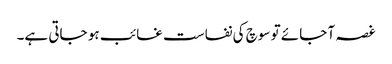
غصہ آ جائے تو سوچ کی نفاست غائب ہو جاتی ہے۔